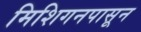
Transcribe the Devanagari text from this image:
मिशिगनपासून